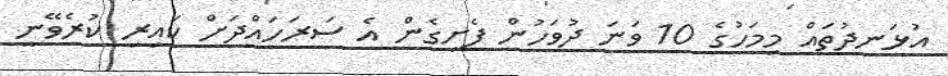
އުޅަނދުތައް މިމަހުގެ 10 ވަނަ ދުވަހުން ފެށިގެން އެ ސަރަހައްދަށް ކައިރި ކުރެވޭނީ